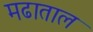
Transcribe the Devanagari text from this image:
मढाताल